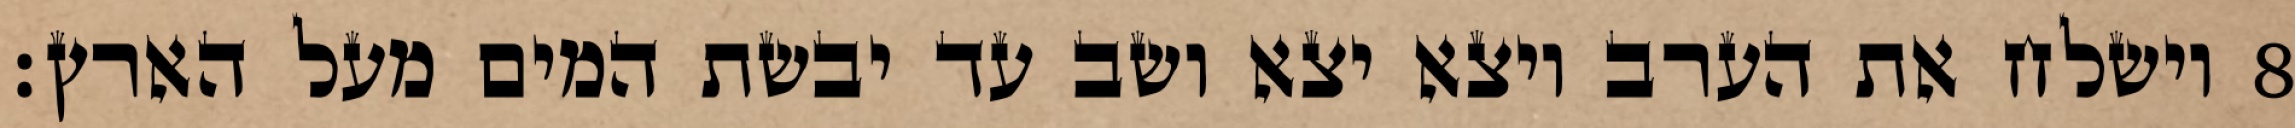
וישלח את הערב ויצא יצא ושב עד יבשת המים מעל הארץ׃ ‎8‏